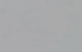
ديسكو